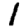
Digit: 1